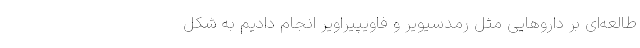
طالعه‌ای بر داروهایی مثل رمدسیویر و فاویپیراویر انجام دادیم به شکل